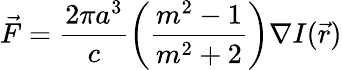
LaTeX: \vec{F}=\frac{2\pi a^{3}}{c}\left(\frac{m^{2}-1}{m^{2}+2}\right)\nabla I(\vec{r})